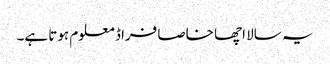
یہ سالا اچھا خاصا فراڈ معلوم ہوتا ہے۔